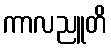
ကာလညူတိ